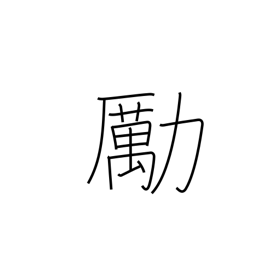
Meaning: encourage